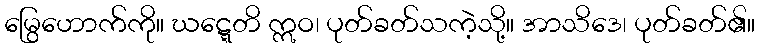
မြွေဟောက်ကို။ ဃဋ္ဋေတိ ဣဝ၊ ပုတ်ခတ်သကဲ့သို့။ အာသိဒေ၊ ပုတ်ခတ်၏။